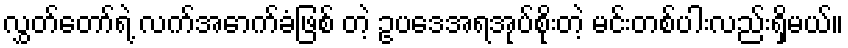
လွှတ်တော်ရဲ့ လက်အောက်ခံဖြစ် တဲ့ ဥပဒေအရအုပ်စိုးတဲ့ မင်းတစ်ပါးလည်းရှိမယ်။